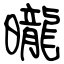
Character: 曨